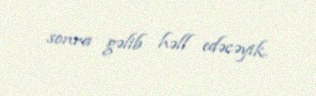
sonra gəlib həll edəcəyik.